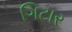
ગિટાર